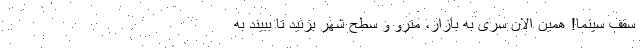
سقف سینما! همین الان سری به بازار، مترو و سطح شهر بزنید تا ببیند به